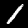
Digit: 1